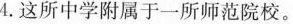
4.这所中学附属于一所师范院校。